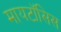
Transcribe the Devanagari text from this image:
मायटॉसिस